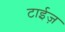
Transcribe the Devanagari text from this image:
टाईज़